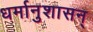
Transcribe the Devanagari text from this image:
धर्मानुशासन्